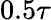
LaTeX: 0.5\tau